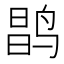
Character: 𲍽